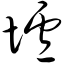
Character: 垆